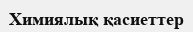
Химиялық қасиеттер